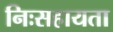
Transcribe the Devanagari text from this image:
निःसहायता